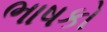
ભાષકો